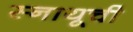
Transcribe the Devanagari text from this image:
स्नायूची